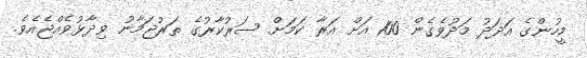
މީހުންގެ އަދަދު މަދުވެގެން 100 އަށް އަރާ ކަމަށް ސަރުކާރުގެ ތަރުޖަމާނު ވިދާޅުވެއްޖެއެވެ.